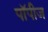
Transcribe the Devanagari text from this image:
पॉपीज